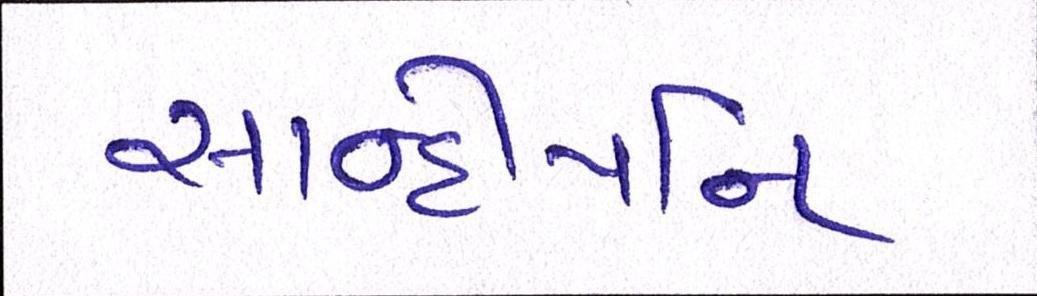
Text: સાન્દીપનિ